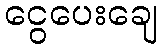
ငွေပေးချေ